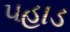
પહાડ